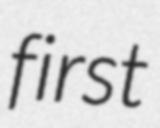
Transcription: first